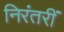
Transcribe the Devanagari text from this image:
निरंतरीं